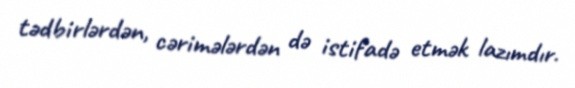
tədbirlərdən, cərimələrdən də istifadə etmək lazımdır.